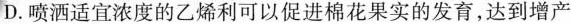
D.喷洒适宜浓度的乙烯利可以促进棉花果实的发育，达到增产